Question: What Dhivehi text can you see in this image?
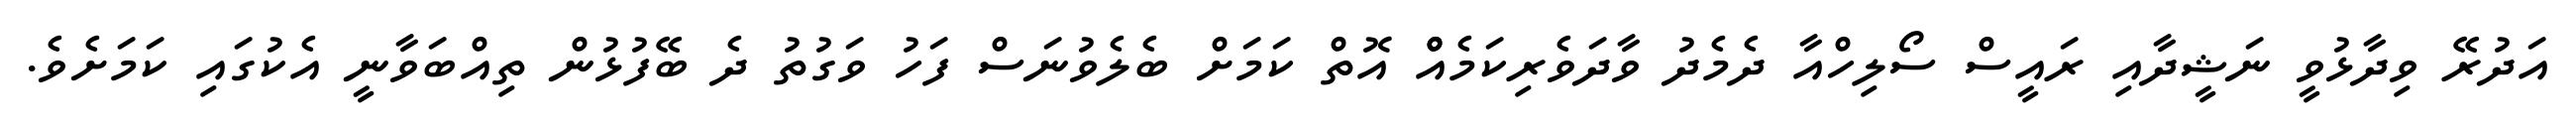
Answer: އަދުރޭ ވިދާޅުވީ ނަޝީދާއި ރައީސް ސޯލިހްއާ ދެމެދު ވާދަވެރިކަމެއްް އޮތް ކަމަށް ބެލެވުނަސް ފަހު ވަގުތު ދެ ބޭފުޅުން ތިއްބަވާނީ އެކުގައި ކަމަށެވެ.